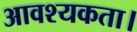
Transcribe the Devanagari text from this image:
आवश्‍यकता।